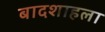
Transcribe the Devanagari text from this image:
बादशाहला